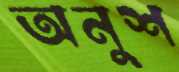
অনুশ